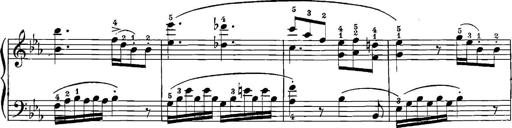
Title: 12 Sonatinas
Composer: Ignaz Pleyel